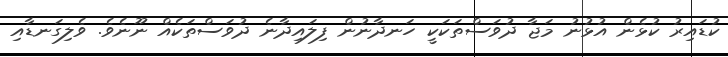
ކުޑައިރު ކުޅެން އުޅުނު މަޖާ ދުވަސްތަކަކީ ހަނދާނުން ފިލައިދާނެ ދުވަސްތަކެއް ނޫނެވެ. ވެލިގަނޑާއި